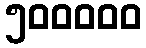
၅၀၀၀၀၀